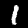
Label: 1